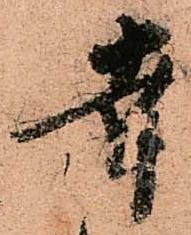
幸